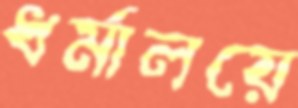
ধর্মালয়ে